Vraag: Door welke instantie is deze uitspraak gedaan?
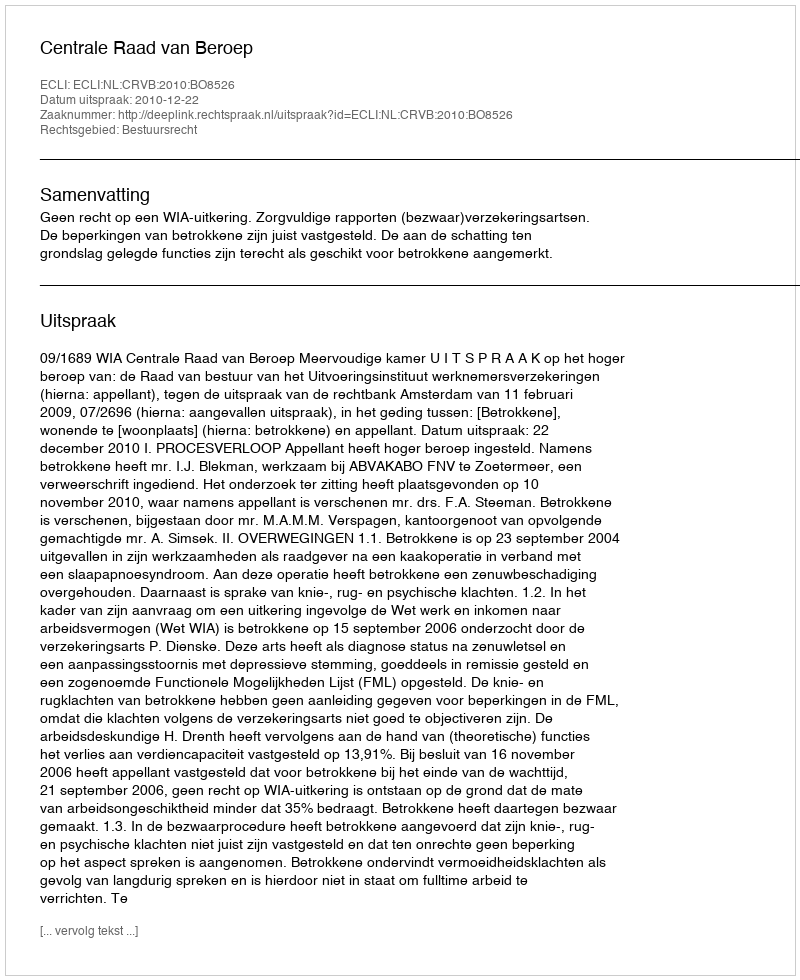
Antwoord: Centrale Raad van Beroep